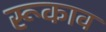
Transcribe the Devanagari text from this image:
रूकाव